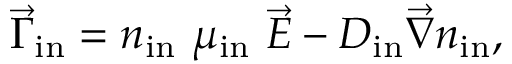
\vec { \Gamma } _ { \mathrm { i n } } = n _ { \mathrm { i n } } \, \, \mu _ { \mathrm { i n } } \, \, \vec { E } - D _ { \mathrm { i n } } \vec { \nabla } n _ { \mathrm { i n } } ,